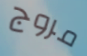
مروج